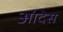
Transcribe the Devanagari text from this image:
आंदेस